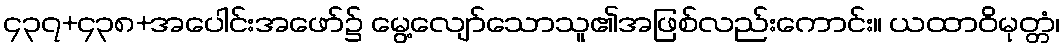
၄၃၇+၄၃၈+အပေါင်းအဖော်၌ မွေ့လျော်သောသူ၏အဖြစ်လည်းကောင်း။ ယထာဝိမုတ္တံ၊